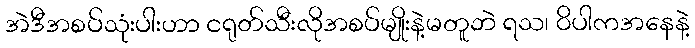
အဲဒီအစပ်သုံးပါးဟာ ငရုတ်သီးလိုအစပ်မျိုးနဲ့မတူဘဲ ရသ၊ ဝိပါကအနေနဲ့